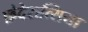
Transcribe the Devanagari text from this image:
फ़ेदेरात्सिया